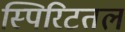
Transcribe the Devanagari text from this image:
स्पिरिटतल